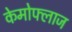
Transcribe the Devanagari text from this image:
केमोफ्लाज